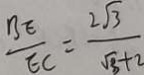
\frac { B E } { E C } = \frac { 2 \sqrt { 3 } } { \sqrt { 3 } + 2 }